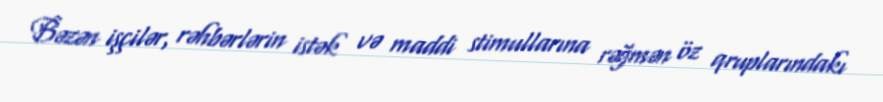
Bəzən işçilər, rəhbərlərin istək və maddi stimullarına rəğmən öz qruplarındakı